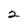
Character: 2